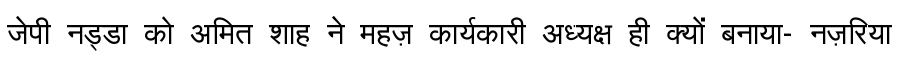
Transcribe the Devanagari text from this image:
जेपी नड्डा को अमित शाह ने महज़ कार्यकारी अध्यक्ष ही क्यों बनाया- नज़रिया